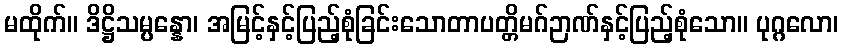
မထိုက်။ ဒိဋ္ဌိသမ္ပန္နော၊ အမြင့်နှင့်ပြည့်စုံခြင်းသောတာပတ္တိမဂ်ဉာဏ်နှင့်ပြည့်စုံသော။ ပုဂ္ဂလော၊